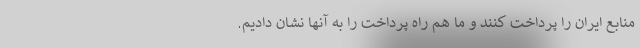
منابع ایران را پرداخت کنند و ما هم راه پرداخت را به آنها نشان دادیم.